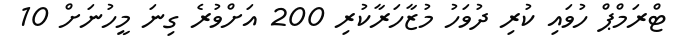
ޓްރަމްޕް ހުވައި ކުރި ދުވަހު މުޒާހަރާކުރި 200 އަށްވުރެ ގިނަ މީހުނަށް 10